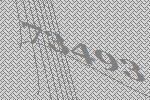
73493